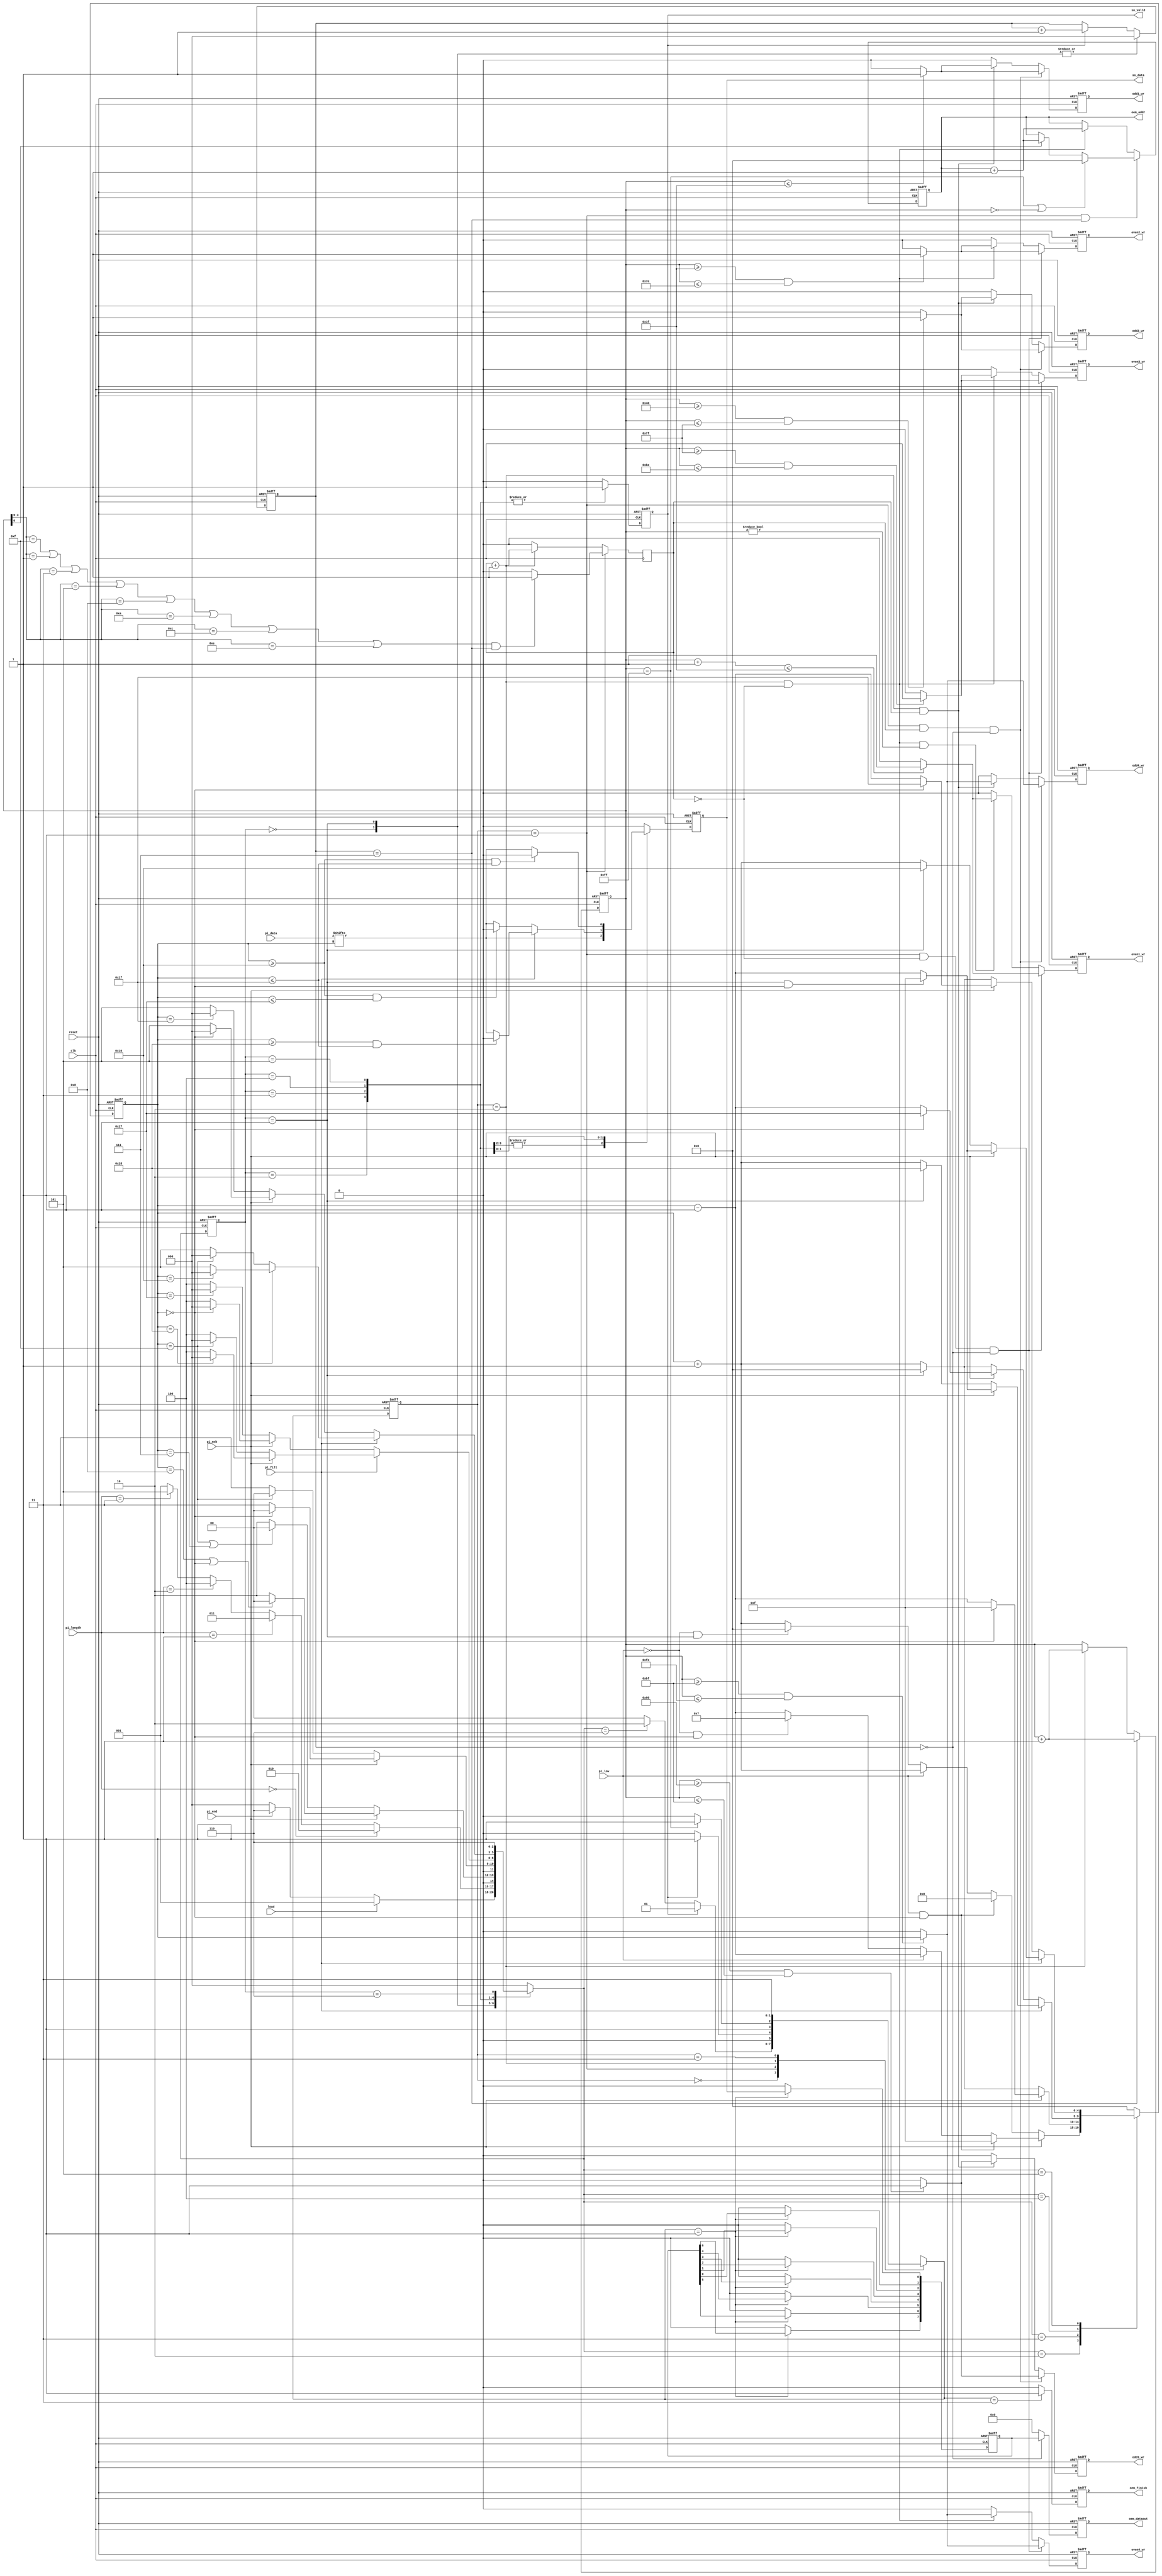
module STI_DAC(clk ,reset, load, pi_data, pi_length, pi_fill, pi_msb, pi_low, pi_end,
	       so_data, so_valid,
	       oem_finish, oem_dataout, oem_addr,
	       odd1_wr, odd2_wr, odd3_wr, odd4_wr, even1_wr, even2_wr, even3_wr, even4_wr);

input clk, reset;
input load, pi_msb, pi_low, pi_end; 
input [15:0] pi_data;
input [1:0] pi_length;
input pi_fill;

output reg so_data, so_valid;
output reg oem_finish, odd1_wr, odd2_wr, odd3_wr, odd4_wr, even1_wr, even2_wr, even3_wr, even4_wr;
output reg [4:0] oem_addr;
output reg [7:0] oem_dataout;

reg [2:0] state_cs, state_ns; //STI
parameter ST_IDLE = 3'd0;
parameter ST_STI = 3'd1;
parameter ST_8B = 3'd2;
parameter ST_16B = 3'd3;
parameter ST_24B = 3'd4;
parameter ST_32B = 3'd5;
parameter ST_DONE = 3'd6;

reg [4:0] count_pi; 
reg [7:0] count_so; //count so_data address
reg [2:0] count_sonum;

reg [1:0] state2_cs, state2_ns; //DAC
parameter ST2_IDLE = 2'd0;
parameter ST2_OUTPUT = 2'd1;
parameter ST2_ZERO = 2'd2;
parameter ST2_DONE = 2'd3;

reg [7:0] data;
reg [4:0] count_out;
reg odd; //1:odd 0:even

always @(posedge clk or posedge reset) begin //state2_cs
	if(reset)
		state2_cs = ST2_IDLE;
	else
		state2_cs = state2_ns;
end

always @(*) begin //state2_ns
	case (state2_cs)
		ST2_IDLE:
			if(so_valid)
				state2_ns = ST2_OUTPUT;
			else if(state_ns == ST_DONE)
				state2_ns = ST2_ZERO;
			else
				state2_ns = ST2_IDLE;
		ST2_OUTPUT:
			if(~so_valid)
				state2_ns = ST2_IDLE;
			else
				state2_ns = ST2_OUTPUT;
		ST2_ZERO:
			if(count_so == 255)
				state2_ns = ST2_DONE;
			else
				state2_ns = ST2_ZERO;
		ST2_DONE:
			state2_ns = ST2_DONE;
		default: 
			state2_ns = ST2_IDLE; 
	endcase
end
 
always @(posedge clk or posedge reset) begin //oem_finish
	if(reset)
		oem_finish <= 0;
	else if(state2_ns == ST2_DONE)
		oem_finish <= 1;
	else
		oem_finish <= 0;
end

always @(posedge clk or posedge reset) begin //data
	if(reset)
		data <= 8'd0;
	else if(state2_ns == ST2_OUTPUT)begin
		data[0] <= so_data;
		data[1] <= data[0];
		data[2] <= data[1];
		data[3] <= data[2];
		data[4] <= data[3];
		data[5] <= data[4];
		data[6] <= data[5];
		data[7] <= data[6];
	end
	else
		data <= 8'd0;
end

always @(posedge clk or posedge reset) begin //oem_dataout
	if(reset)
		oem_dataout <= 8'd0;
	else if(count_sonum == 3'd0)
		oem_dataout <= data;
	else
		oem_dataout <= 8'd0;
end

always @(posedge clk or posedge reset) begin //oem_addr
	if(reset)
		oem_addr <= 5'd0;	
	else if(state2_cs == ST2_OUTPUT && count_sonum == 7)
		if(count_so == 255 || count_so == 0)
			oem_addr <= 5'd0;
		else if(count_so[0])
			oem_addr <= oem_addr + 1'b1;
		else
			oem_addr <= oem_addr;
	else if(state2_cs == ST2_ZERO && ~odd)
		oem_addr <= oem_addr + 1'b1;
	else	
		oem_addr <= oem_addr;
	end

always @(posedge clk) begin //odd
	if(state2_cs == ST2_OUTPUT)
		if((count_so[3:0] == 15 || 
			count_so[3:0] == 1 || 
			count_so[3:0] == 3 || 
			count_so[3:0] == 5 || 
			count_so[3:0] == 8 || 
			count_so[3:0] == 10 || 
			count_so[3:0] == 12 || 
			count_so[3:0] == 14) && count_sonum == 7)
			odd <= 1;
		else
			odd <= 0;
	else if(state2_cs == ST2_ZERO)
		odd <= odd + 1'b1;
	else
		odd <= 0;
end

always @(posedge clk or posedge reset) begin //odd1_wr
	if(reset)
		odd1_wr <= 0;
	else if(state2_cs == ST2_OUTPUT && odd && count_sonum == 0)
		if(count_so <= 63)
			odd1_wr <= 1;
		else
			odd1_wr <= 0;
	else if(state2_cs == ST2_ZERO && odd)
		if(count_so <= 63)
			odd1_wr <= 1;
		else
			odd1_wr <= 0;
	else
		odd1_wr <= 0;
end

always @(posedge clk or posedge reset) begin //odd2_wr
	if(reset)
		odd2_wr <= 0;
	else if(state2_cs == ST2_OUTPUT && odd && count_sonum == 0)
		if(count_so >= 64 && count_so <= 127)
			odd2_wr <= 1;
		else
			odd2_wr <= 0;
	else if(state2_cs == ST2_ZERO && odd)
		if(count_so >= 64 && count_so <= 127)
			odd2_wr <= 1;
		else
			odd2_wr	<= 0;
	else
		odd2_wr <= 0;
end

always @(posedge clk or posedge reset) begin //odd3_wr
	if(reset)
		odd3_wr <= 0;
	else if(state2_cs == ST2_OUTPUT && odd && count_sonum == 0)
		if(count_so >= 128 && count_so <= 191)
			odd3_wr <= 1;
		else
			odd3_wr <= 0;
	else if(state2_cs == ST2_ZERO && odd)
		if(count_so >= 128 && count_so <= 191)
			odd3_wr <= 1;
		else
			odd3_wr <= 0;
	else
		odd3_wr <= 0;
end

always @(posedge clk or posedge reset) begin //odd4_wr
	if(reset)
		odd4_wr <= 0;
	else if(state2_cs == ST2_OUTPUT && odd && count_sonum == 0)
		if(count_so >= 191 && count_so <= 254)
			odd4_wr <= 1;
		else
			odd4_wr <= 0;
	else if(state2_cs == ST2_ZERO && odd)
		if(count_so >= 191 && count_so <= 254)
			odd4_wr <= 1;
		else
			odd4_wr <= 0;
	else
		odd4_wr <= 0;
end

always @(posedge clk or posedge reset) begin //even1_wr
	if(reset)
		even1_wr <= 0;
	else if(state2_cs == ST2_OUTPUT && ~odd && count_sonum == 0)
		if(count_so + 1 <= 63)
			even1_wr <= 1;
		else
			even1_wr <= 0;
	else if(state2_cs == ST2_ZERO && ~odd && count_so != 0)
		if(count_so + 1 <= 63)
			even1_wr <= 1;
		else
			even1_wr <= 0;
	else
		even1_wr <= 0;
end

always @(posedge clk or posedge reset) begin //even2_wr
	if(reset)
		even2_wr <= 0;
	else if(state2_cs == ST2_OUTPUT && ~odd && count_sonum == 0)
		if(count_so >= 63 && count_so <= 126)
			even2_wr <= 1;
		else
			even2_wr <= 0;
	else if(state2_cs == ST2_ZERO && ~odd)
		if(count_so >= 63 && count_so <= 126)
			even2_wr <= 1;
		else
			even2_wr <= 0;
	else
		even2_wr <= 0;
end

always @(posedge clk or posedge reset) begin //even3_wr
	if(reset)
		even3_wr <= 0;
	else if(state2_cs == ST2_OUTPUT && ~odd && count_sonum == 0)
		if(count_so >= 127 && count_so <= 190)
			even3_wr <= 1;
		else
			even3_wr <= 0;
	else if(state2_cs == ST2_ZERO && ~odd)
		if(count_so >= 127 && count_so <= 190)
			even3_wr <= 1;
		else
			even3_wr <= 0;
	else
		even3_wr <= 0;
end

always @(posedge clk or posedge reset) begin //even4_wr
	if(reset)
		even4_wr <= 0;
	else if(state2_cs == ST2_OUTPUT && ~odd && count_sonum == 0)
		if(count_so >= 191 && count_so <= 254)
			even4_wr <= 1;
		else
			even4_wr <= 0;
	else if(state2_cs == ST2_ZERO && ~odd)
		if(count_so >= 191 && count_so <= 254)
			even4_wr <= 1;
		else
			even4_wr <= 0;
	else
		even4_wr <= 0;
end

always @(posedge clk or posedge reset) begin //state_cs
	if(reset)
		state_cs <= ST_IDLE;
	else
		state_cs <= state_ns;	
end

always @(*) begin //state_ns
	case (state_cs)
		ST_IDLE: 
			if(load)
				state_ns = ST_STI;
			else if(pi_end)
				state_ns = ST_DONE;
			else
				state_ns = ST_IDLE;
		ST_STI:
			if(pi_length == 2'b00)
				state_ns = ST_8B;
			else if(pi_length == 2'b01)
				state_ns = ST_16B;
			else if(pi_length == 2'b10)
				state_ns = ST_24B;
			else if(pi_length == 2'b11)
				state_ns = ST_32B;
			else
				state_ns = ST_STI;
		ST_8B:
			if(pi_msb)
				if(count_pi == 5'd8 || count_pi == 5'd0)
					state_ns = ST_IDLE;
				else
					state_ns = ST_8B;
			else
				if(count_pi == 5'd15 || count_pi == 5'd7)
					state_ns = ST_IDLE;
				else
					state_ns = ST_8B;
		ST_16B:
			if(pi_msb)
				if(count_pi == 5'd0)
					state_ns = ST_IDLE;
				else
					state_ns = ST_16B;
			else
				if(count_pi == 5'd15)
					state_ns = ST_IDLE;
				else
					state_ns = ST_16B;
		ST_24B:
			if(pi_fill)	
				if(pi_msb)
					if(count_pi == 5'd24)
						state_ns = ST_IDLE;
					else
						state_ns = ST_24B;
				else
					if(count_pi == 5'd15)
						state_ns = ST_IDLE;
					else
						state_ns = ST_24B;
			else
				if(pi_msb)
					if(count_pi == 5'd0)
						state_ns = ST_IDLE;
					else
						state_ns = ST_24B;
				else
					if(count_pi == 5'd23)
						state_ns = ST_IDLE;
					else
						state_ns = ST_24B;
		ST_32B:
			if(pi_fill)	
				if(pi_msb)
					if(count_pi == 5'd16)
						state_ns = ST_IDLE;
					else
						state_ns = ST_32B;
				else
					if(count_pi == 5'd15)
						state_ns = ST_IDLE;
					else
						state_ns = ST_32B;
			else
				if(pi_msb)
					if(count_pi == 5'd0)
						state_ns = ST_IDLE;
					else
						state_ns = ST_32B;
				else
					if(count_pi == 5'd31)
						state_ns = ST_IDLE;
					else
						state_ns = ST_32B;
		ST_DONE:
			state_ns = ST_DONE;
		default:
			state_ns = ST_IDLE; 
	endcase
end

always @(posedge clk or posedge reset) begin //count_so
	if(reset)
		count_so <=8'd255;
	else if(count_sonum == 3'd7)
		count_so <= count_so + 1'b1;
	else if(state2_cs == ST2_ZERO)
		count_so <= count_so + 1'b1;
	else
		count_so <= count_so;
end

always @(posedge clk or posedge reset) begin //count_sonum
	if(reset)
		count_sonum <= 3'd0;
	else
		case (state_cs)
			ST_IDLE:
				count_sonum <= 3'd0;
			ST_STI:
				count_sonum <= 3'd0;
			default: 
				if(so_valid)
					count_sonum <= count_sonum + 1'b1;
				else
					count_sonum <= count_sonum; 
		endcase
end

always @(posedge clk or posedge reset) begin //so_data
	if(reset)
		so_data <= 0;
	else
		case (state_cs)
			ST_IDLE:
				so_data <= 0;
			ST_8B:
				so_data <= pi_data[count_pi];
			ST_16B:
				so_data <= pi_data[count_pi];
			ST_24B:
				if(pi_fill)	
					if(count_pi >= 24 && count_pi <= 31)
						so_data <= 0;
					else
						so_data <= pi_data[count_pi];
				else
					if(count_pi >= 16 && count_pi <= 23)
						so_data <= 0;
					else
						so_data <= pi_data[count_pi];
			ST_32B:
				if(pi_fill)	
					if(count_pi >= 16 && count_pi <= 31)
						so_data <= 0;
					else
						so_data <= pi_data[count_pi];
				else
					if(count_pi >= 16 && count_pi <= 31)
						so_data <= 0;
					else
						so_data <= pi_data[count_pi];
			
			default: 
				so_data <= 0;
		endcase
end

always @(posedge clk or posedge reset) begin //so_valid
	if(reset)
		so_valid <= 0;
	else
		case (state_cs)
			ST_8B:
				so_valid <= 1;
			ST_16B:
				so_valid <= 1;
			ST_24B:
				so_valid <= 1;
			ST_32B:
				so_valid <= 1;
			default: 
				so_valid <= 0;
		endcase
end

always @(posedge clk or posedge reset) begin //count_pi	
	if(reset)
		count_pi <= 5'd0;
	else
		case (state_ns)
			ST_IDLE:
				count_pi <= 5'd0;
			ST_8B:
				if(pi_msb)
					if(pi_low && count_pi == 5'd0)
						count_pi <= 5'd15;
					else if(pi_low)
						count_pi <= count_pi - 1'b1;
					else if(~pi_low && count_pi == 0)
						count_pi <= 5'd7;
					else if(~pi_low)
						count_pi <= count_pi - 1'b1;
					else
						count_pi <= count_pi;
				else
					if(pi_low && count_pi == 5'd0)
						count_pi <= 5'd8;
					else if(pi_low)
						count_pi <= count_pi + 1'b1;
					else if(~pi_low && state_cs == ST_STI)
						count_pi <= 5'd0;
					else if(~pi_low)
						count_pi <= count_pi + 1'b1;
					else
						count_pi <= count_pi;
			ST_16B:
				if(pi_msb)
					if(count_pi == 5'd0)
						count_pi <= 5'd15;
					else
						count_pi <= count_pi - 1'b1;
				else
					if(state_cs == ST_STI)
						count_pi <= 5'd0;
					else
						count_pi <= count_pi + 1'b1;
			ST_24B:
				if(pi_fill)	
					if(pi_msb)
						if(state_cs == ST_STI && count_pi == 5'd0)
							count_pi <= 5'd15;
						else
							count_pi <= count_pi - 1'b1;
					else
						if(state_cs == ST_STI)
							count_pi <= 5'd24;
						else
							count_pi <= count_pi + 1'b1;
				else
					if(pi_msb)
						if(count_pi == 5'd0)
							count_pi <= 5'd23;
						else
							count_pi <= count_pi - 1'b1;
					else
						if(state_cs == ST_STI)
							count_pi <= 5'd0;
						else
							count_pi <= count_pi + 1'b1;
			ST_32B:
				if(pi_fill)	
					if(pi_msb)
						if(state_cs == ST_STI && count_pi == 5'd0)
							count_pi <= 5'd15;
						else
							count_pi <= count_pi - 1'b1;
					else
						if(state_cs == ST_STI)
							count_pi <= 5'd16;
						else
							count_pi <= count_pi + 1'b1;
				else
					if(pi_msb)
						if(count_pi == 5'd0)
							count_pi <= 5'd31;
						else
							count_pi <= count_pi - 1'b1;
					else
						if(state_cs == ST_STI)
							count_pi <= 5'd0;
						else
							count_pi <= count_pi + 1'b1;
			default: 
				count_pi <= 5'd0;
		endcase
end
//==============================================================================

endmodule